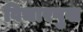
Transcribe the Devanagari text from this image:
विचारपुस